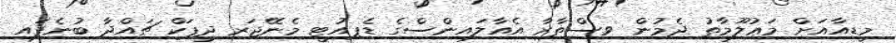
މީޑިއާއަށް މަޢުލޫމާތު ދެމުން ވިސްތާރާ އެއާލައިންސްގެ ޑެޕިއުޓީ މެނޭޖަރ ދީޕަކް ޗައްދާ ބުނެފައި